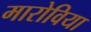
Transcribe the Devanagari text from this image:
मारोविया